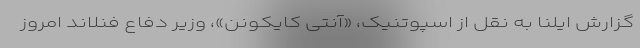
گزارش ایلنا به نقل از اسپوتنیک، «آنتی کایکونن»، وزیر دفاع فنلاند امروز